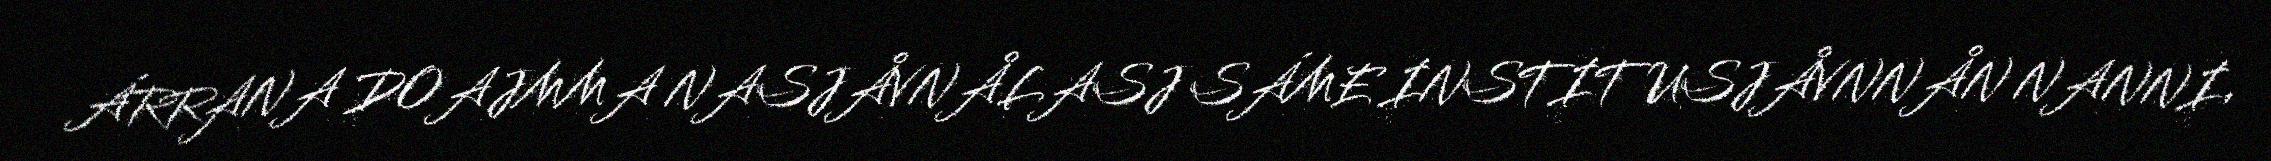
ÁRRANA DOAJMMA NASJÅVNÅLASJ SÁME INSTITUSJÅVNNÅN NANNI,